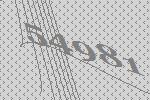
54981